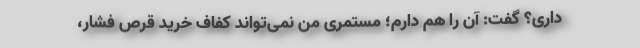
داری؟ گفت: آن را هم دارم؛ مستمری من نمی‌تواند کفاف خرید قرص فشار،